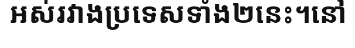
អស់រវាងប្រទេសទាំង២នេះ។នៅ